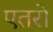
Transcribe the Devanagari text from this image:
एतरो